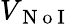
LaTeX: V_{\mathrm{~N~o~I~}}